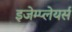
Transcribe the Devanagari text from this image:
इजेम्प्लेयर्स